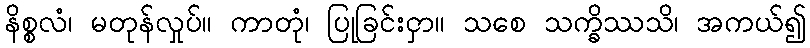
နိစ္စလံ၊ မတုန်လှုပ်။ ကာတုံ၊ ပြုခြင်းငှာ။ သစေ သက္ခိဿသိ၊ အကယ်၍